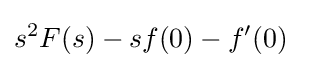
s^{2}F(s)-sf(0)-f'(0)\